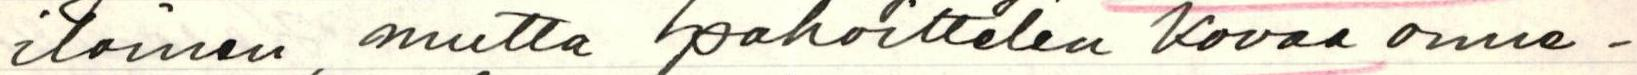
iloinen, mutta pahoittelen kovaa onne-